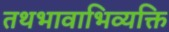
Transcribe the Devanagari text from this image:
तथभावाभिव्यक्ति